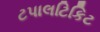
ટપાલટિકિટ